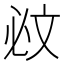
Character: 𣁉